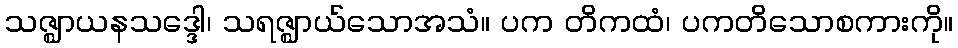
သဇ္ဈာယနသဒ္ဒေါ၊ သရဇ္ဈာယ်သောအသံ။ ပက တိကထံ၊ ပကတိသောစကားကို။